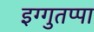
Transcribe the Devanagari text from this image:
इग्गुतप्पा